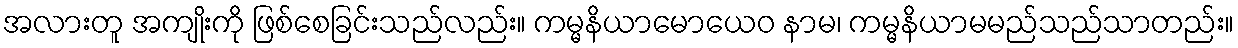
အလားတူ အကျိုးကို ဖြစ်စေခြင်းသည်လည်း။ ကမ္မနိယာမောယေဝ နာမ၊ ကမ္မနိယာမမည်သည်သာတည်း။